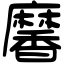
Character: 黁